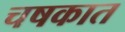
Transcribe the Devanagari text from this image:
चषकात